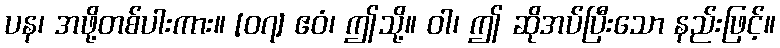
ပန၊ အဖို့တစ်ပါးကား။ [၀၇] ဧဝံ၊ ဤသို့။ ဝါ၊ ဤ ဆိုအပ်ပြီးသော နည်းဖြင့်။